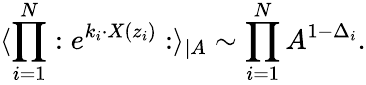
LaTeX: \langle\prod_{i=1}^{N}:e^{k_{i}\cdot X(z_{i})}:\rangle_{\mid A}\sim\prod_{i=1}^{N}A^{1-\Delta_{i}}.